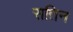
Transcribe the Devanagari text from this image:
सतिन